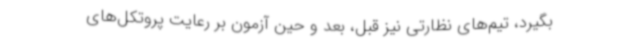
بگیرد، تیم‌های نظارتی نیز قبل، بعد و حین آزمون بر رعایت پروتکل‌های